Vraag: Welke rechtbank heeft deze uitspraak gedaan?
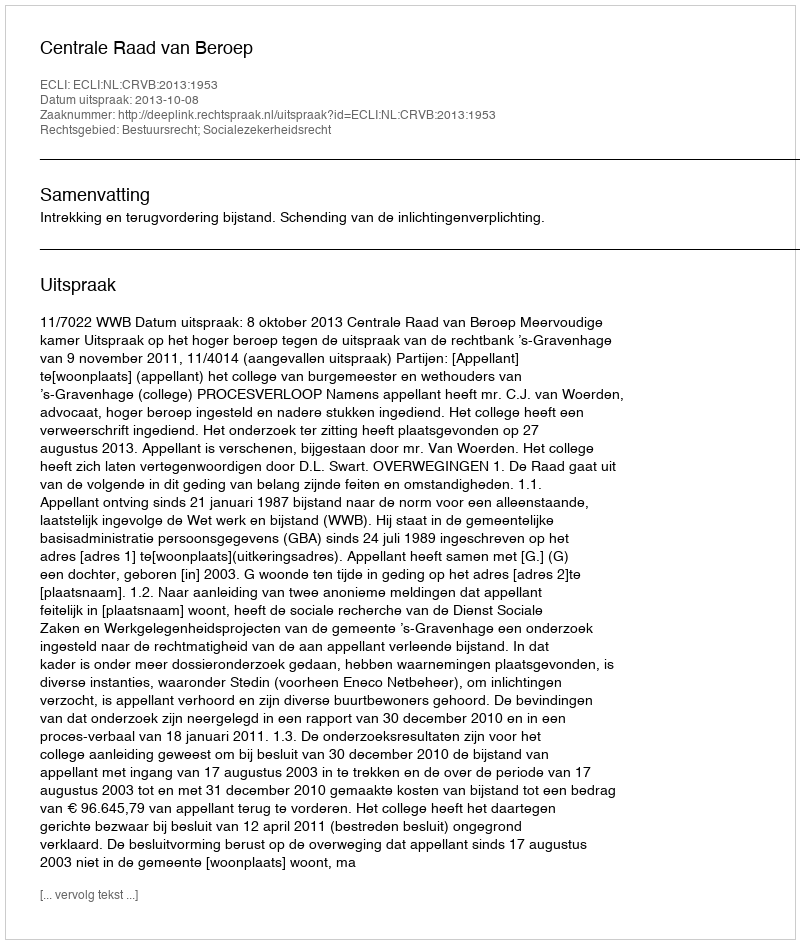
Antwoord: Centrale Raad van Beroep